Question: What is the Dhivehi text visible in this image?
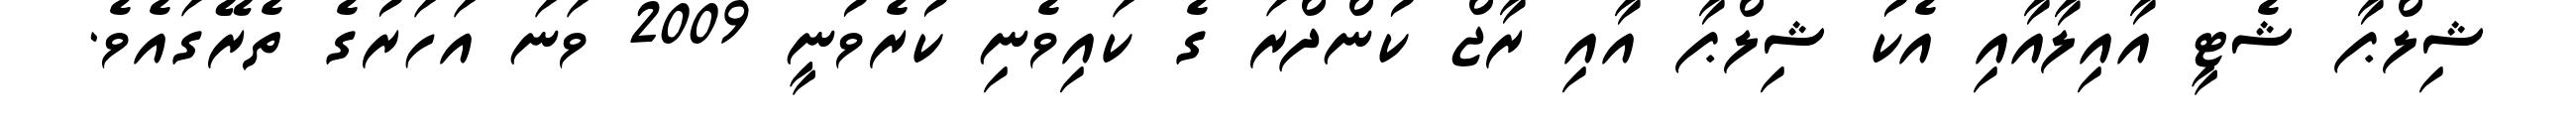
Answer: ޝިލްޕާ ޝެޓީ އާއިލާއާއި އެކު ޝިލްޕާ އާއި ރާޖް ކުންދްރަ ގެ ކައިވެނި ކުރެވުނީ 2009 ވަނަ އަހަރުގެ ތެރޭގައެވެ.